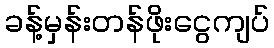
ခန့်မှန်းတန်ဖိုးငွေကျပ်